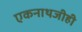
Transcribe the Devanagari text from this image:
एकनाथजीही